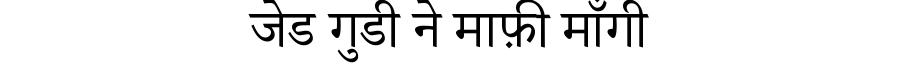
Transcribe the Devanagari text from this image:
जेड गुडी ने माफ़ी माँगी